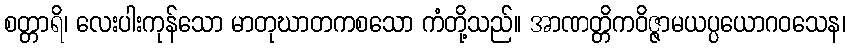
စတ္တာရိ၊ လေးပါးကုန်သော မာတုဃာတကစသော ကံတို့သည်။ အာဏတ္တိကဝိဇ္ဇာမယပ္ပယောဂဝသေန၊